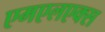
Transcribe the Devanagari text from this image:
एमएलएक्स